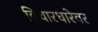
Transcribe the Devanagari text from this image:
विचारधारेवर